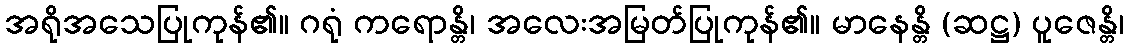
အရိုအသေပြုကုန်၏။ ဂရုံ ကရောန္တိ၊ အလေးအမြတ်ပြုကုန်၏။ မာနေန္တိ (ဆဋ္ဌ) ပူဇေန္တိ၊